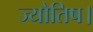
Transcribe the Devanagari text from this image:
ज्‍योतिष।